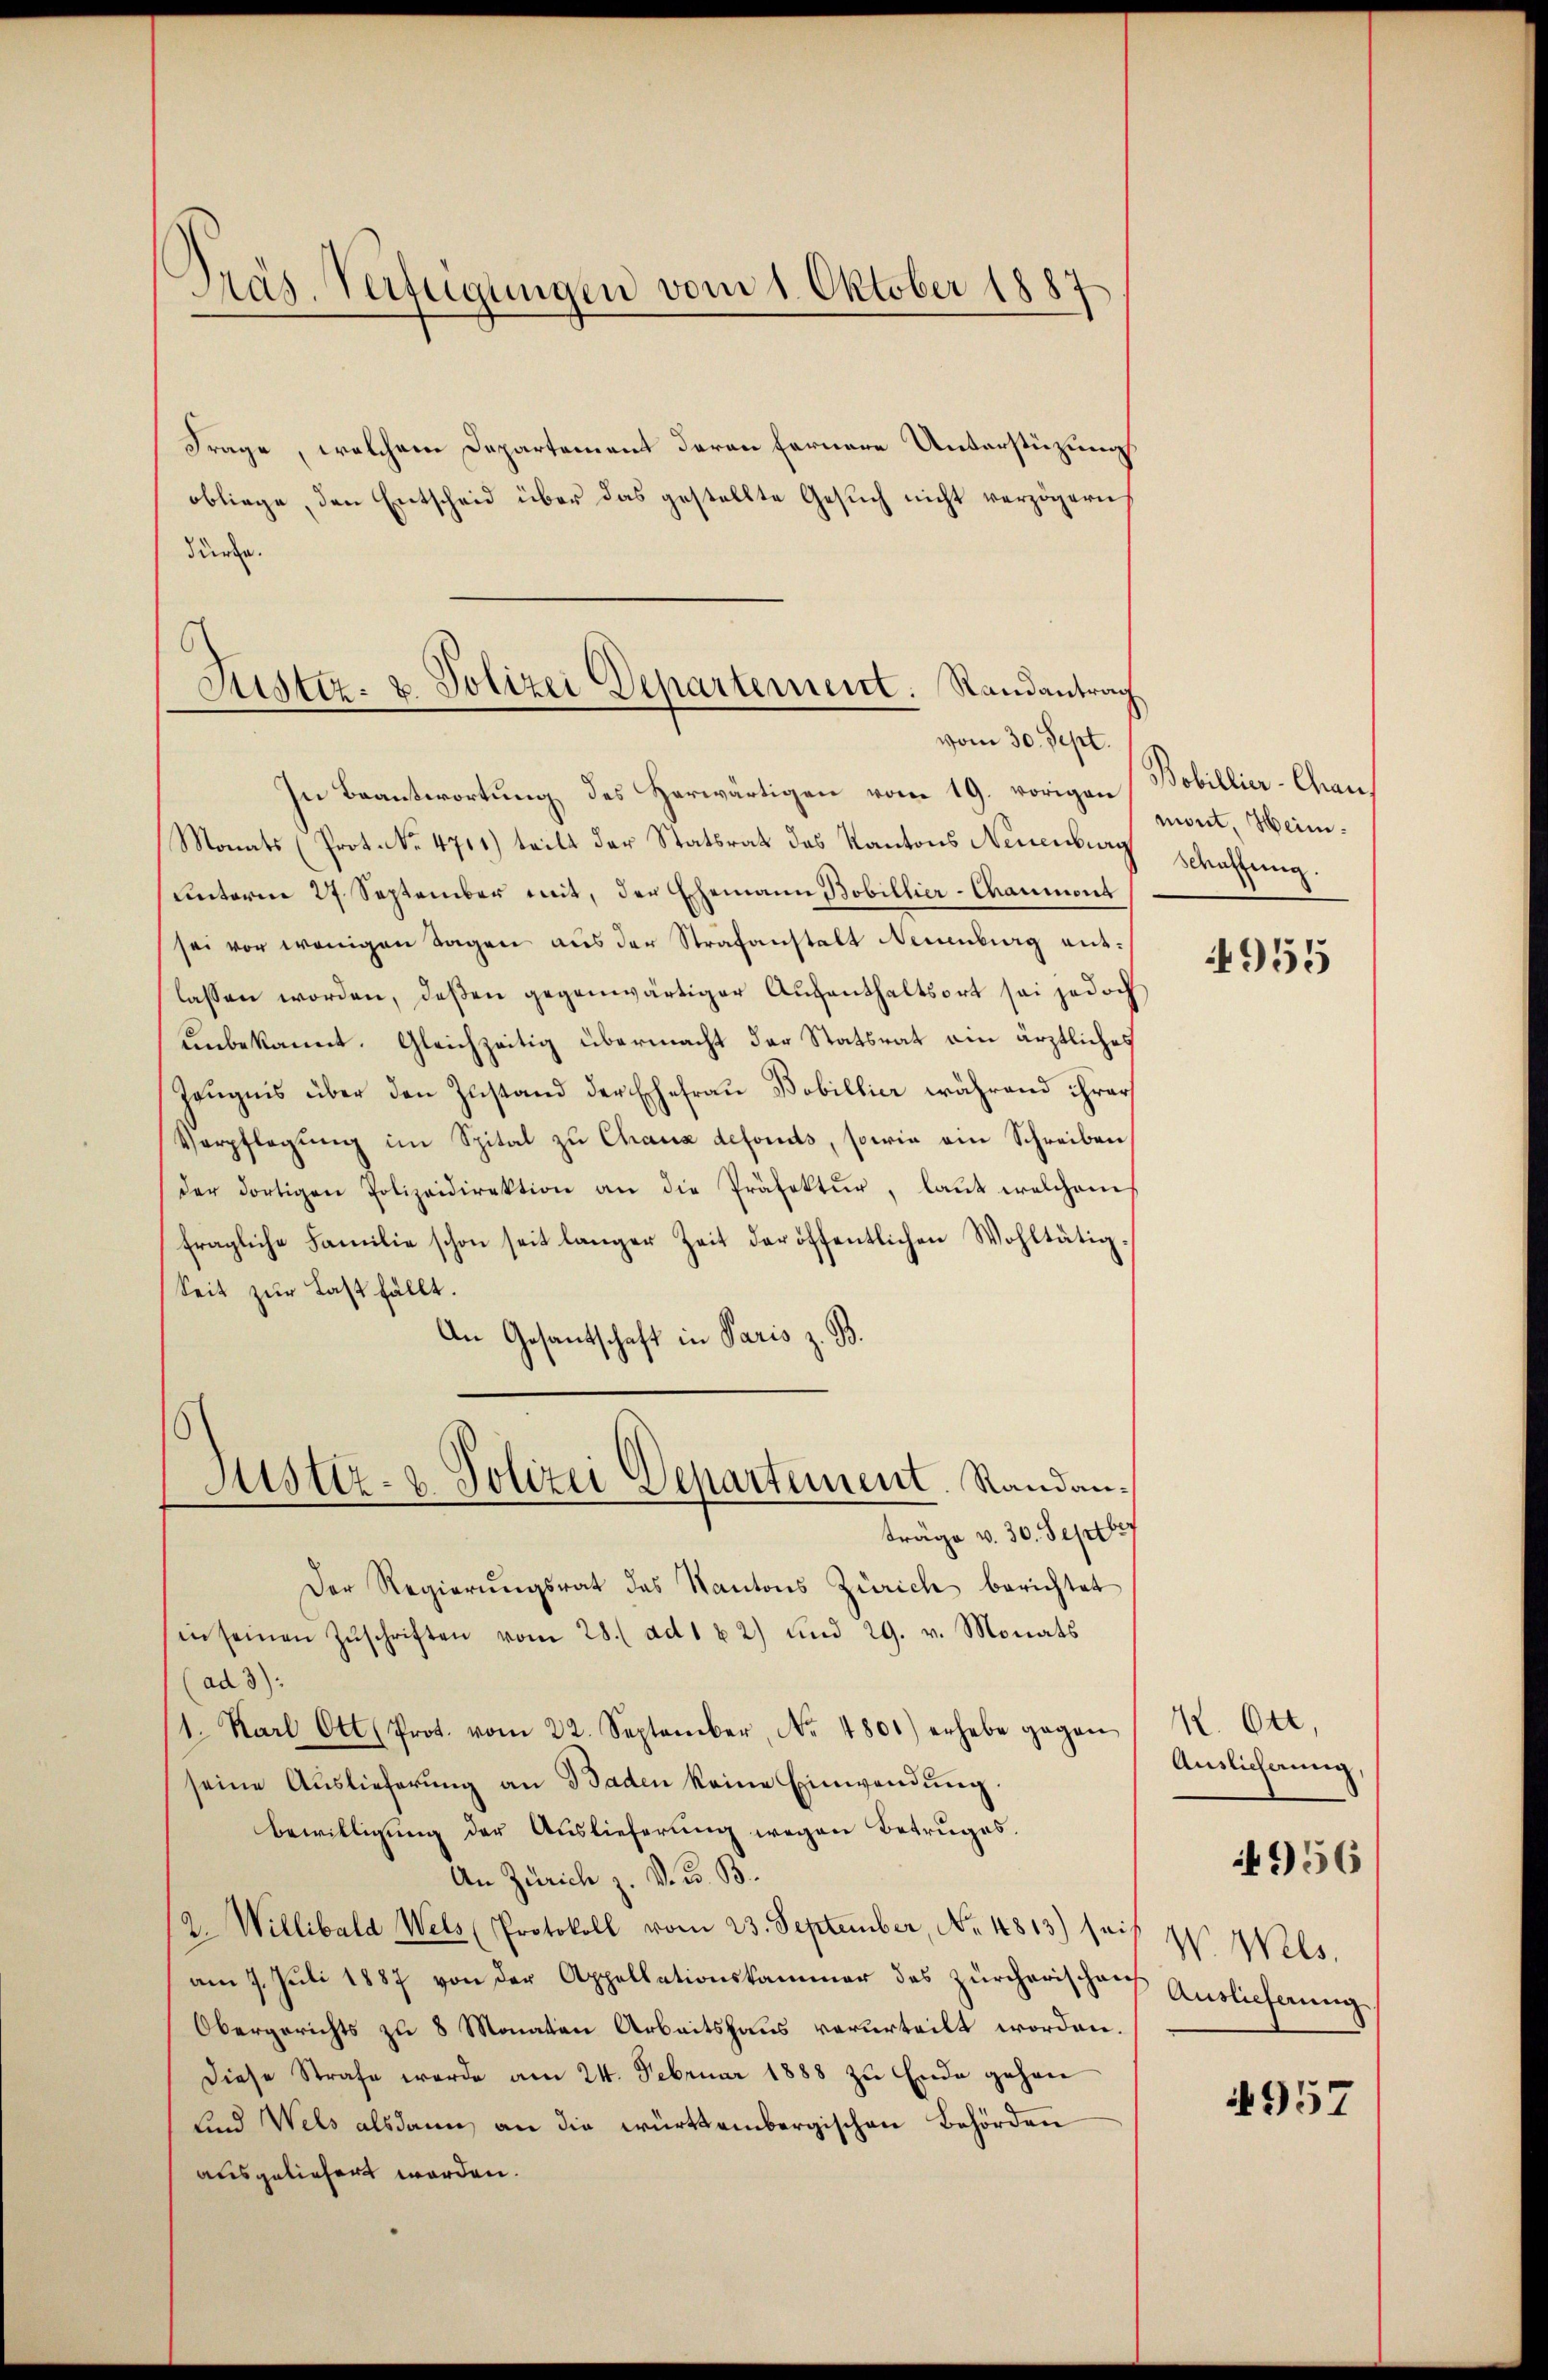
Dräs-Verfügungen vom 1. Oktober 1887

Frage, welchem Departement daran fernere Unterstützung
obliege, den Entscheid über das gestellte Gesuch nicht verzögern,
dürfe.

Justiz- & Polizei Departement. Randantrag
vom 30. Sept.

Justiz- & Polizei Departement. Randanträge v. 30. Septbr

In Beantwortung des Herwärtigen vom 19. vorigen (Bobillier-Chau¬
Monats (Prot. No. 4711) teilt der Statsrath des Kantons Neuenburg
unterm 27. September mit, der Ehemann Bobillier-Chaumont
sei vor wenigen Tagen aus der Strafanstalt Neuenburg auslassen worden, deßen gegenwärtiger Aufenthaltsort sei jedoch
unbekannt. Gleichzeitig übermacht der Statsrat ein ärztliches
Zeugnis über den Zustand der Ehefrau Bobillier während ihrer
Verpflegŭng im Spital zu Chaux defonds, sowie ein Schreiben
der dortigen Polizeidirektion an die Präfektur, laut welchem
fragliche Familie schon seit langer Zeit der öffentlichen Wohltätig
Seit zur Last fällt.
An Gesantschaft in Paris z. B.
Der Regierŭngsrat des Kantons Zürich berichtet
in seinen Zŭschriften vom 28. ad 1 2) und 29. v. Monats
ad 3):
1. Karl Ott (Prot. vom 22. September, No. 4801) erhebe gegen K. Ott,
seine Auslieferung an Baden keine Einwendung.
Bewilligŭng der Auslieferŭng wegen Betruges.
An Zürich z. B. G. B.
2. Willibald Wels (Protokoll vom 23. September, No. 4813) sei
am 7. Juli 1887 von der Appellationskammer des Zürcherischen
Obergerichts zu 8 Monaten Arbeitshaus verurteilt worden.
Diese Strafe werde am 24. Februar 1888 zu Ende gehen
und Wels alsdann an die württembergischen Behörden
ausgeliefert worden.

mont, Heim.
Saffung.

955

Auslicherung
W. Wels,
Auslieferung
957

956